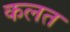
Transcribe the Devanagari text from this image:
कलत